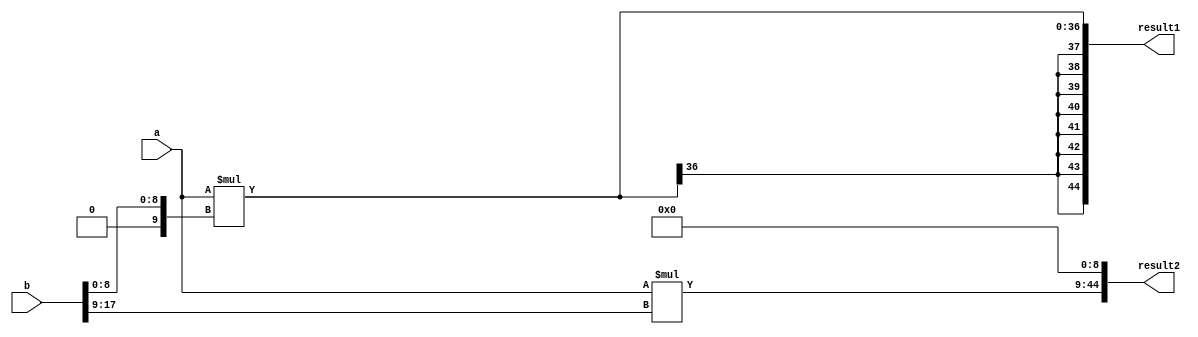
`timescale 1 ns / 100 ps  
module Multiplier_xilinx (
		input signed [26:0] a,
		input signed [17:0] b,
		output signed [44:0] result1,
		output signed [44:0] result2
 	); 
	
	wire signed [9:0] b_LSB;
	wire signed [9:0] b_MSB;
	
	assign b_LSB[8:0] = b[8:0];
	assign b_LSB[9] = 1'b0;
	
	assign b_MSB[8:0] = b[17:9];
	assign b_MSB[9] = b[17];
	
	wire signed [36:0] r_1; 
	wire signed [36:0] r_2;
	
	assign r_1 = (a) * (b_LSB);
	assign r_2 = (a) * (b_MSB);
	
	
	assign result1 = {{8{r_1[36]}},{r_1}};									
	assign result2 = {{r_2[35:0]},{9'b0_0000_0000}};				

endmodule